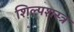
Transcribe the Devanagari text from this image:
शिल्पशस्त्र